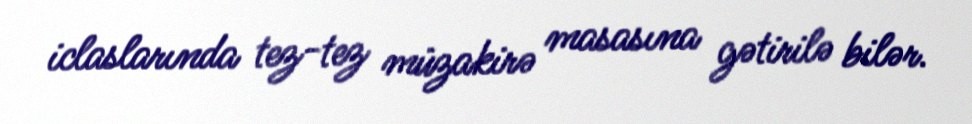
iclaslarında tez-tez müzakirə masasına gətirilə bilər.